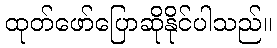
ထုတ်ဖော်ပြောဆိုနိုင်ပါသည်။